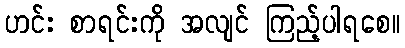
ဟင်း စာရင်းကို အလျင် ကြည့်ပါရစေ။